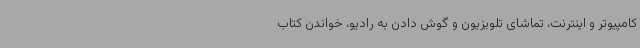
کامپیوتر و اینترنت، تماشای تلویزیون و گوش دادن به رادیو، خواندن کتاب